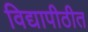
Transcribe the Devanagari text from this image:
विद्यापीठीत